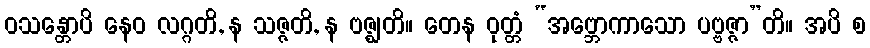
ဝသန္တောပိ နေဝ လဂ္ဂတိ, န သဇ္ဇတိ, န ဗဇ္ဈတိ။ တေန ဝုတ္တံ “အဗ္ဘောကာသော ပဗ္ဗဇ္ဇာ”တိ။ အပိ စ